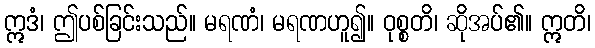
ဣဒံ၊ ဤပစ်ခြင်းသည်။ မရဏံ၊ မရဏဟူ၍။ ဝုစ္စတိ၊ ဆိုအပ်၏။ ဣတိ၊